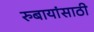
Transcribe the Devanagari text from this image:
रुबायांसाठी